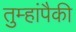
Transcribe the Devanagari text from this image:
तुम्हांपैकी